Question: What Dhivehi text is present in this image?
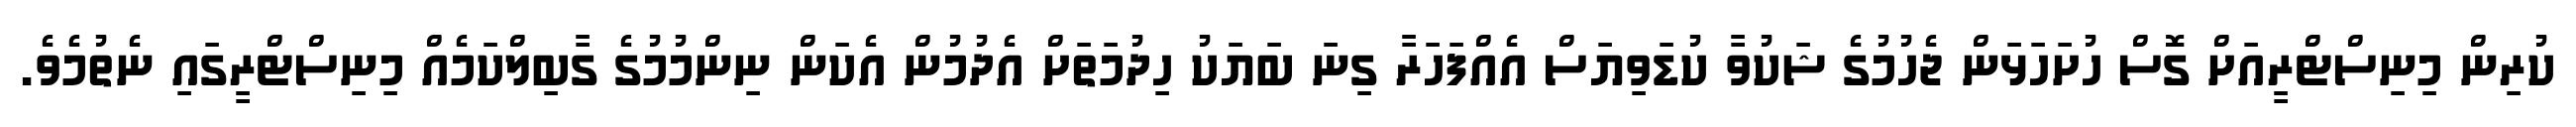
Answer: ކުރިން މިނިސްޓްރީއަށް ގޮސް ހުށަހަޅަން ޖެހުމުގެ ޝަކުވާ ކުޑަވިޔަސް އެއްފަހަރާ ގިނަ ބަޔަކު ހިދުމަތަށް އެދުމުން އެކަން ނިންމުމުގެ ގާބިލްކަމެއް މިނިސްޓްރީގައި ނެތުމެވެ.